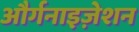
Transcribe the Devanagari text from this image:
और्गनाइज़ेशन